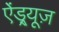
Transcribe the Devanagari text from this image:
ऐंड्र्यूज़